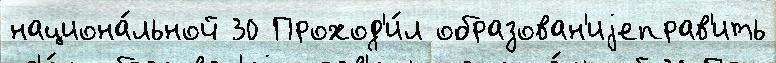
национа́льной 30 Проход'и́л образован'иjеправ'ить